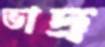
ভাদ্র